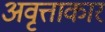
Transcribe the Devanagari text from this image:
अवृत्ताकार